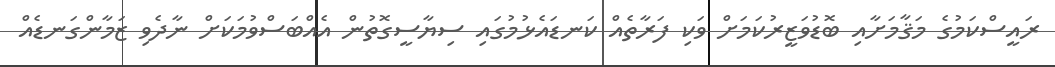
ރައީސްކަމުގެ މަޤާމަށާއި ބޮޑުވަޒީރުކަމަށް ވަކި ފަރާތެއް ކަނޑައެޅުމުގައި ސިޔާސީގޮތުން އެއްބަސްވުމަކަށް ނާދެވި ޒަމާންގަނޑެއް